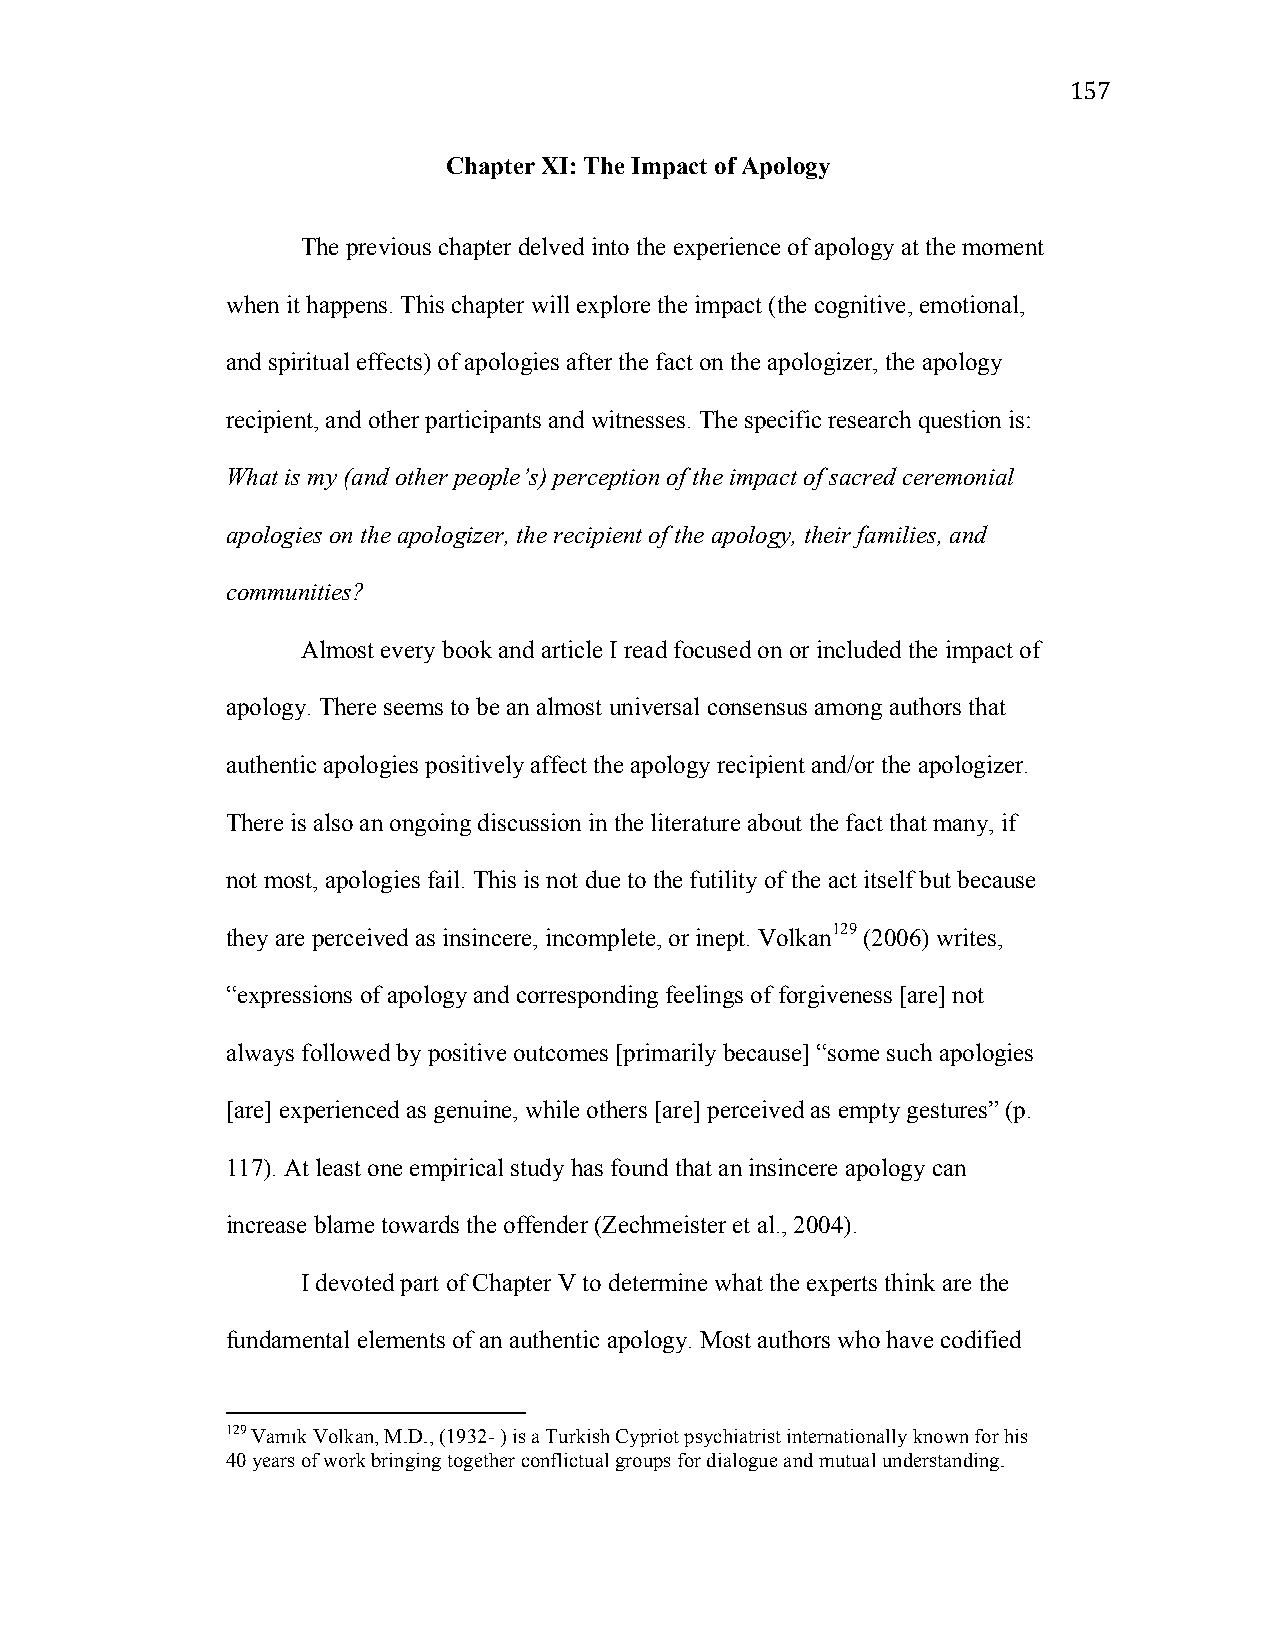
157
 Chapter XI: The Impact of Apology
 The previous chapter delved into the experience of apology at the moment
 when it happens. This chapter will explore the impact (the cognitive, emotional,
 and spiritual effects) of apologies after the fact on the apologizer, the apology
 recipient, and other participants and witnesses. The specific research question is:
 What is my (and other people’s) perception of the impact of sacred ceremonial
 apologies on the apologizer, the recipient of the apology, their families, and
 communities?
 Almost every book and article I read focused on or included the impact of
 apology. There seems to be an almost universal consensus among authors that
 authentic apologies positively affect the apology recipient and/or the apologizer.
 There is also an ongoing discussion in the literature about the fact that many, if
 not most, apologies fail. This is not due to the futility of the act itself but because
 they are perceived as insincere, incomplete, or inept. Volkan129 (2006) writes,
 “expressions of apology and corresponding feelings of forgiveness [are] not
 always followed by positive outcomes [primarily because] “some such apologies
 [are] experienced as genuine, while others [are] perceived as empty gestures” (p.
 117). At least one empirical study has found that an insincere apology can
 increase blame towards the offender (Zechmeister et al., 2004).
 I devoted part of Chapter V to determine what the experts think are the
 fundamental elements of an authentic apology. Most authors who have codified
 129 Vamık Volkan, M.D., (1932- ) is a Turkish Cypriot psychiatrist internationally known for his
 40 years of work bringing together conflictual groups for dialogue and mutual understanding.